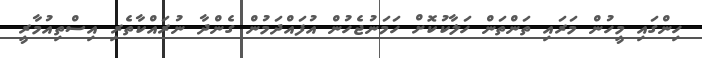
ހިންގައި މީހުން މަރައި ތަންތަން ހަލާކުކޮށް ހަމަނުޖެހުން އުފައްދަމުން ގެންދާ ނުރައްކާތެރި އިސްތިއުމާރީ